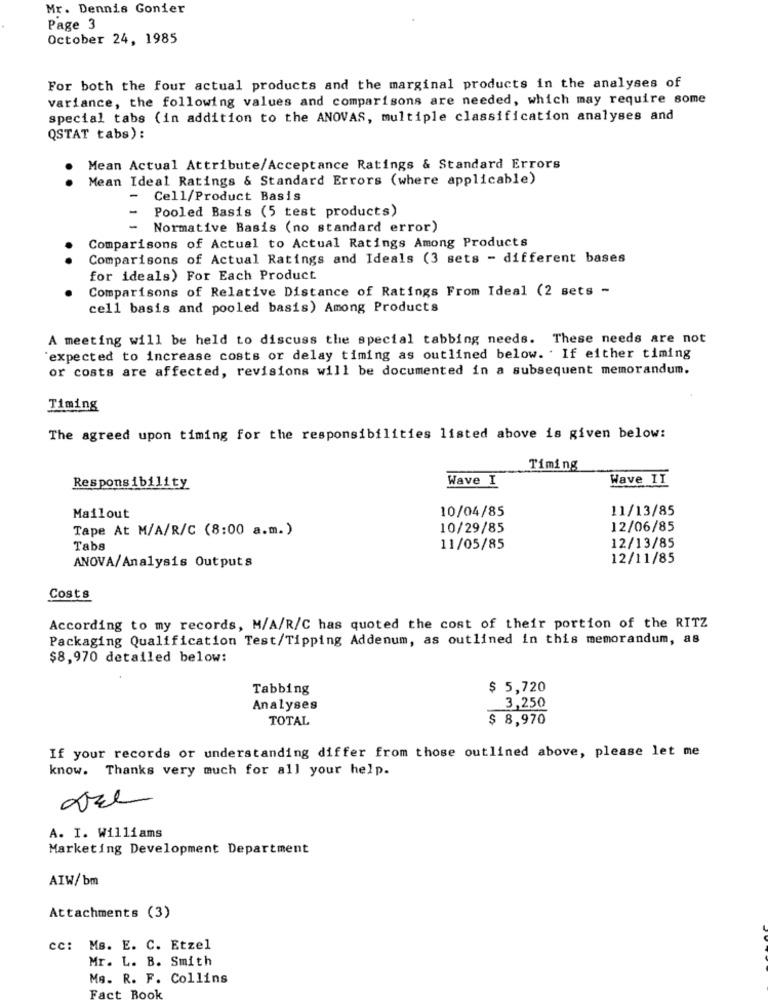
Mr. Dennis Gonier
Page 3
October 24, 1985
For both the four actual products and the marginal products in the analyses of
variance, the following values and comparisons are needed, which may require some
special tabs (in addition to the ANOVAS, multiple classification analyses and
QSTAT tabs):
Mean Actual Attribute/Acceptance Ratings & Standard Errors
.
Mean Ideal Ratings & Standard Errors (where applicable)
-
Cell/Product Basis
Pooled Basis (5 test products)
Normative Basis (no standard error)
Comparisons of Actual to Actual Ratings Among Products
..
Comparisons of Actual Ratings and Ideals (3 sets - different bases
for ideals) For Each Product
Comparisons of Relative Distance of Ratings From Ideal (2 sets -
cell basis and pooled basis) Among Products
A meeting will be held to discuss the special tabbing needs. These needs are not
expected to increase costs or delay timing as outlined below. . If either timing
or costs are affected, revisions will be documented in a subsequent memorandum.
Timing
The agreed upon timing for the responsibilities listed above is given below:
Timing
Wave I
Wave II
Responsibility
10/04/85
11/13/85
Mailout
Tape At M/A/R/C (8:00 a.m.)
10/29/85
12/06/85
Tabs
11/05/85
12/13/85
12/11/85
ANOVA/Analysis Outputs
Costs
According to my records, M/A/R/C has quoted the cost of their portion of the RITZ
Packaging Qualification Test/Tipping Addenum, as outlined in this memorandum, as
$8,970 detailed below:
Tabbing
$ 5,720
Analyses
3,250
TOTAL
$ 8,970
If your records or understanding differ from those outlined above, please let me
know. Thanks very much for all your help.
are
A. I. Williams
Marketing Development Department
AIW/ bm
Attachments (3)
cc: Ms. E. C. Etzel
Mr. L. B. Smith
Mg. R. F. Collins
Fact Book